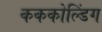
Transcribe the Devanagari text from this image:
कककोल्डिंग